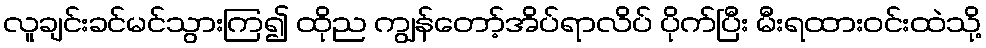
လူချင်းခင်မင်သွားကြ၍ ထိုည ကျွန်တော့်အိပ်ရာလိပ် ပိုက်ပြီး မီးရထားဝင်းထဲသို့